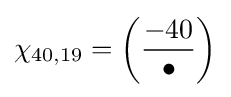
\chi _{40,19}=\left({\frac {-40}{\bullet }}\right)